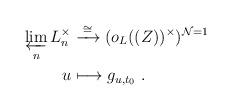
LaTeX: \begin{align*} \varprojlim_n L_n^\times & \xrightarrow{\; \cong \;} (o_L((Z))^\times)^{\mathcal{N} = 1} \\ u & \longmapsto g_{u,t_0} \ .\end{align*}